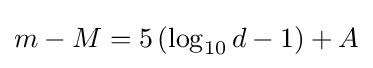
m-M=5\left(\log _{10}d-1\right)+A